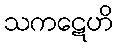
သကဋေဟိ